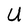
Character: U